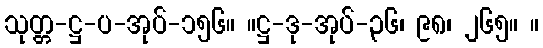
သုတ္တ-ဋ္ဌ-ပ-အုပ်-၁၅၆။ ။ဋ္ဌ-ဒု-အုပ်-၃၆၊ ၉၈၊ ၂၆၅။ ။